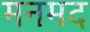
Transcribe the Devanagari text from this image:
मनमद